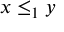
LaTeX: x \leq _ { 1 } y